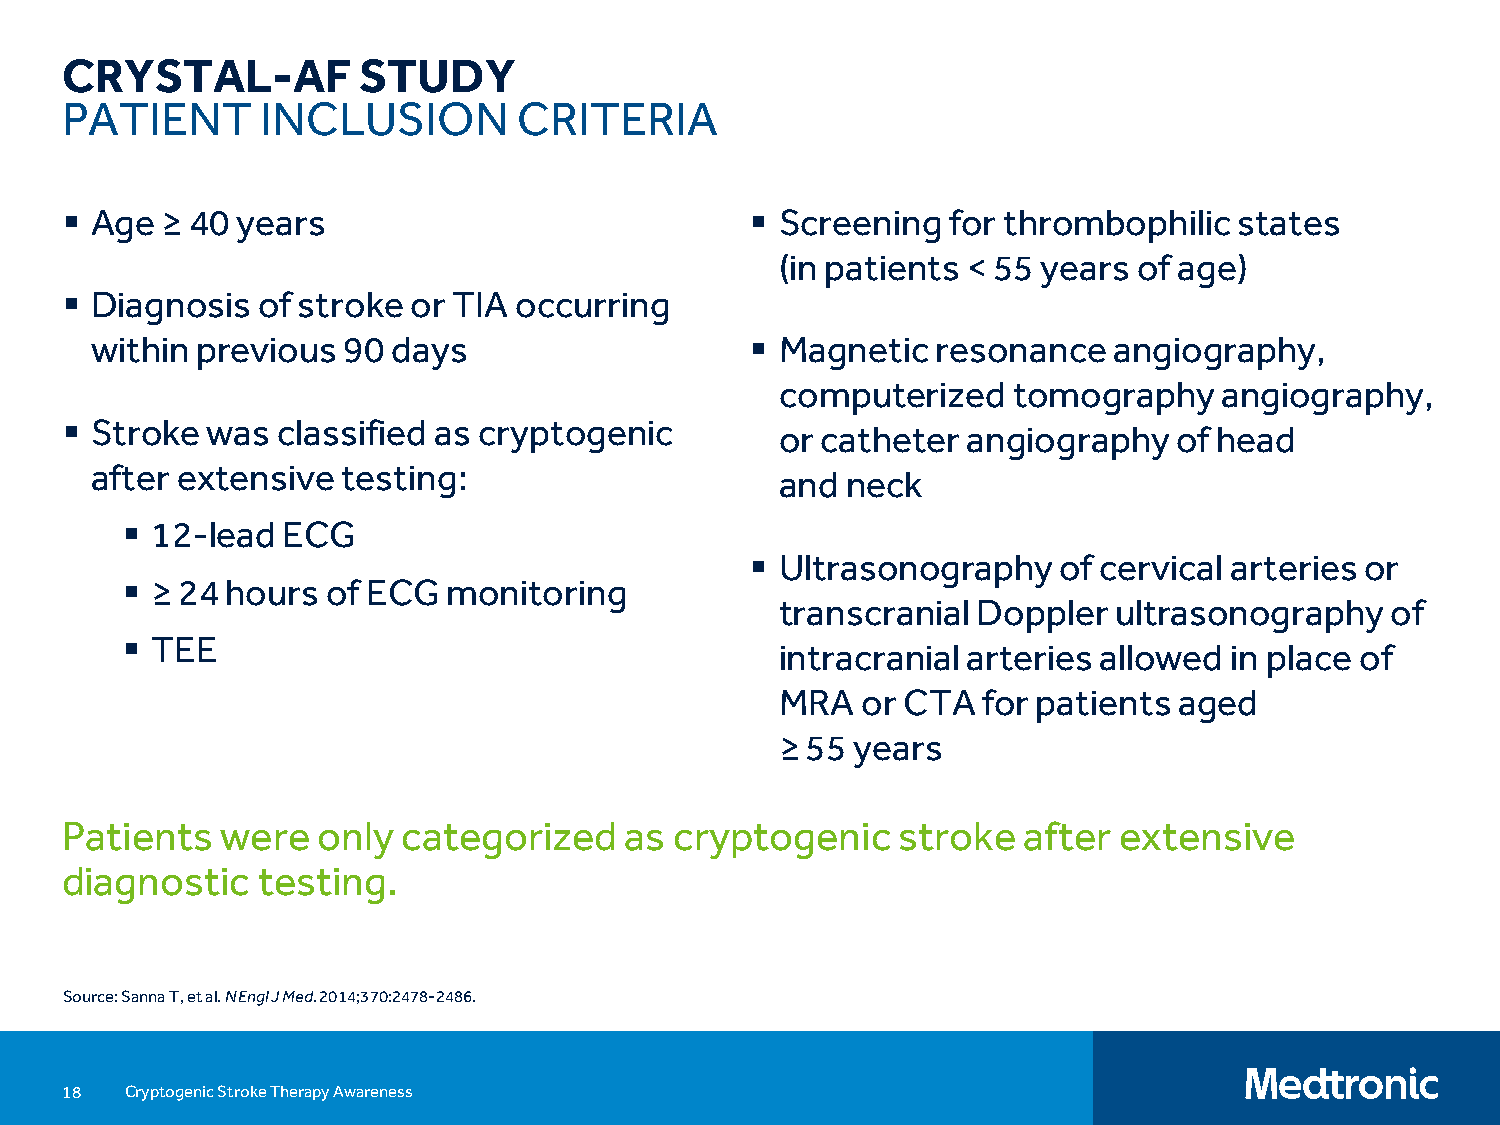
CRYSTAL-AF          STUDY
 PATIENT      INCLUSION        CRITERIA
  Age  ≥ 40 years                              Screening  for thrombophilic  states
 (in patients < 55 years of age)
  Diagnosis  of stroke or TIA occurring
 within previous  90 days                     Magnetic  resonance   angiography,
 computerized   tomography    angiography,
  Stroke  was classified as cryptogenic
 or catheter angiography   of head
 after extensive  testing:
 and neck
  12-lead  ECG
  Ultrasonography   of cervical arteries or
  ≥ 24 hours  of ECG  monitoring
 transcranial Doppler  ultrasonography   of
  TEE
 intracranial arteries allowed in place of
 MRA  or CTA  for patients aged
 ≥ 55 years
 Patients   were  only  categorized   as  cryptogenic   stroke   after extensive
 diagnostic   testing.
 Source: Sanna T, et al. N Engl J Med. 2014;370:2478-2486.
 18  Cryptogenic Stroke Therapy Awareness